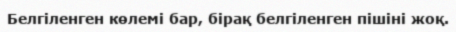
Белгіленген көлемі бар, бірақ белгіленген пішіні жоқ.